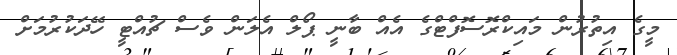
މީގެ އިތުރުން މައިކްރޮސޮފްޓްގެ އެއް ބާނީ ޕޯލް އެލަން ވެސް ޗުއްޓީ ހޭދަކުރުމަށް